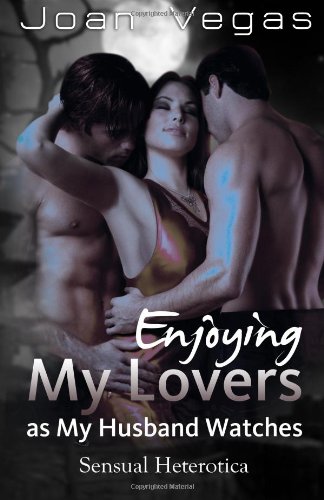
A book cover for Enjoying My Lovers as My Husband Watches: Sensual Heterotica; Joan Vegas; Romance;